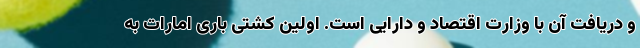
و دریافت آن با وزارت اقتصاد و دارایی است. اولین کشتی باری امارات به